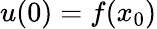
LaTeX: u(0)=f(x_{0})